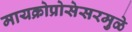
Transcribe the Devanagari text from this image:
मायक्रोप्रोसेसरमुळे